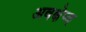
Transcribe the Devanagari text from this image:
अवक्षेप्य